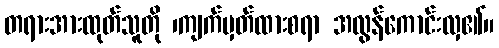
တရားအားထုတ်သူတို ၊ကျက်မှတ်ထားစရာ အလွန်ကောင်းလှ၏။